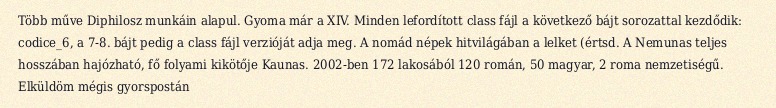
Több műve Diphilosz munkáin alapul. Gyoma már a XIV. Minden lefordított class fájl a következő bájt sorozattal kezdődik: codice_6, a 7-8. bájt pedig a class fájl verzióját adja meg. A nomád népek hitvilágában a lelket (értsd. A Nemunas teljes hosszában hajózható, fő folyami kikötője Kaunas. 2002-ben 172 lakosából 120 román, 50 magyar, 2 roma nemzetiségű. Elküldöm mégis gyorspostán